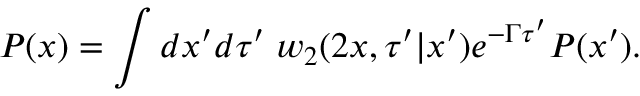
P ( x ) = \int d x ^ { \prime } d \tau ^ { \prime } \; w _ { 2 } ( 2 x , \tau ^ { \prime } | x ^ { \prime } ) e ^ { - \Gamma \tau ^ { \prime } } P ( x ^ { \prime } ) .